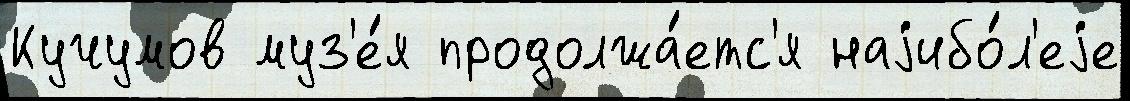
Кучумов муз'е́я продолжа́етс'я наjибо́л'еjе